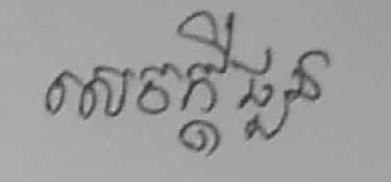
សេចក្ដីជួន